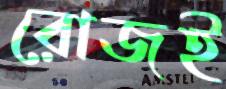
রোজই